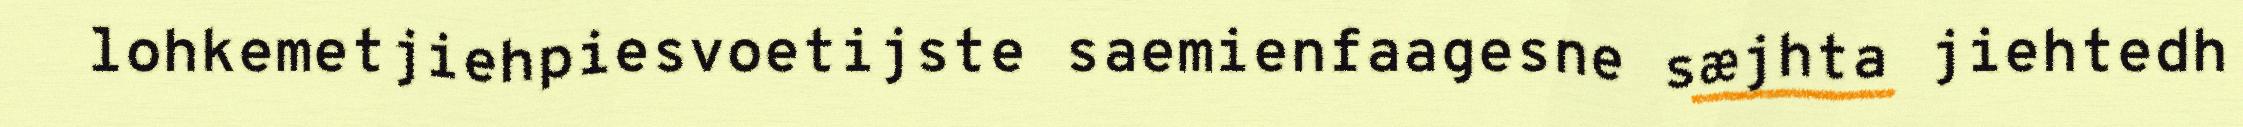
lohkemetjiehpiesvoetijste saemienfaagesne sæjhta jiehtedh